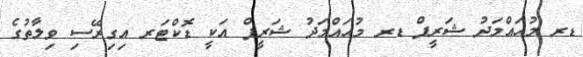
ޑރ މުޙައްމަދު ޝަރީފް ޑރ މުޙައްމަދު ޝަރީފް އަކީ ޑޮކްޓަރ އިގިރޭސި ވިލާތުގެ